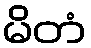
မိတံ